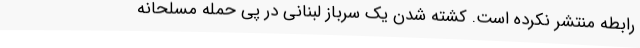
رابطه منتشر نکرده است. کشته شدن یک سرباز لبنانی در پی حمله مسلحانه